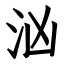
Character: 汹